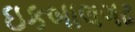
ઇકબાલગઢ